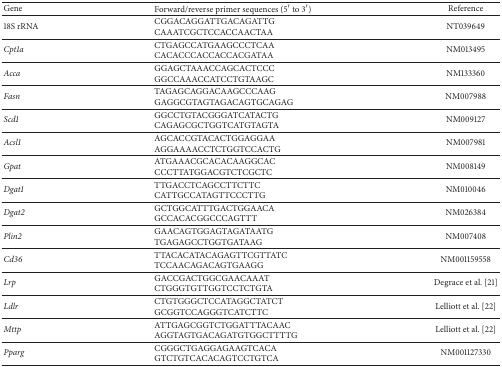
<table><thead><tr><td><b>Gene</b></td><td><b>Forward/reverse primer sequences (5′ to 3′)</b></td><td><b>Reference</b></td></tr></thead><tbody><tr><td>18S rRNA</td><td>CGGACAGGATTGACAGATTGCAAATCGCTCCACCAACTAA</td><td>NT039649</td></tr><tr><td><i>Cpt1a</i></td><td>CTGAGCCATGAAGCCCTCAACACACCCACCACCACGATAA</td><td>NM013495</td></tr><tr><td><i>Acca</i></td><td>GGAGCTAAACCAGCACTCCCGGCCAAACCATCCTGTAAGC</td><td>NM133360</td></tr><tr><td><i>Fasn</i></td><td>TAGAGCAGGACAAGCCCAAGGAGGCGTAGTAGACAGTGCAGAG</td><td>NM007988</td></tr><tr><td><i>Scd1</i></td><td>GGCCTGTACGGGATCATACTGCAGAGCGCTGGTCATGTAGTA</td><td>NM009127</td></tr><tr><td><i>Acsl1</i></td><td>AGCACCGTACACTGGAGGAAAGGAAAACCTCTGGTCCACTG</td><td>NM007981</td></tr><tr><td><i>Gpat</i></td><td>ATGAAACGCACACAAGGCACCCCTTATGGACGTCTCGCTC</td><td>NM008149</td></tr><tr><td><i>Dgat1</i></td><td>TTGACCTCAGCCTTCTTCCATTGCCATAGTTCCCTTG</td><td>NM010046</td></tr><tr><td><i>Dgat2</i></td><td>GCTGGCATTTGACTGGAACAGCCACACGGCCCAGTTT</td><td>NM026384</td></tr><tr><td><i>Plin2</i></td><td>GAACAGTGGAGTAGATAATGTGAGAGCCTGGTGATAAG</td><td>NM007408</td></tr><tr><td><i>Cd36</i></td><td>TTACACATACAGAGTTCGTTATCTCCAACAGACAGTGAAGG</td><td>NM001159558</td></tr><tr><td><i>Lrp</i></td><td>GACCGACTGGCGAACAAATCTGGGTGTTGGTCCTCTGTA</td><td>Degrace et al. [21]</td></tr><tr><td><i>Ldlr</i></td><td>CTGTGGGCTCCATAGGCTATCTGCGGTCCAGGGTCATCTTC</td><td>Lelliott et al. [22]</td></tr><tr><td><i>Mttp</i></td><td>ATTGAGCGGTCTGGATTTACAACAGGTAGTGACAGATGTGGCTTTTG</td><td>Lelliott et al. [22]</td></tr><tr><td><i>Pparg</i></td><td>CGGGCTGAGGAGAAGTCACAGTCTGTCACACAGTCCTGTCA</td><td>NM001127330</td></tr></tbody></table>